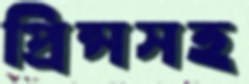
প্রিন্সসহ